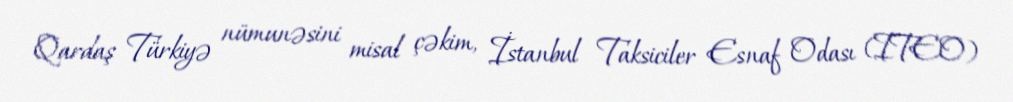
Qardaş Türkiyə nümunəsini misal çəkim, İstanbul Taksiciler Esnaf Odası (ITEO)